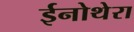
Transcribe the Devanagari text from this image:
ईनोथेरा